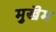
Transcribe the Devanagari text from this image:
मुखॆम